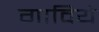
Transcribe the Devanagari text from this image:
गाविये